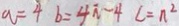
a = 4 b = 4 \dot { n } - 4 c = n ^ { 2 }